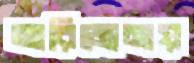
আরিজোনায়